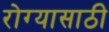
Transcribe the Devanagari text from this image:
रोग्यासाठी